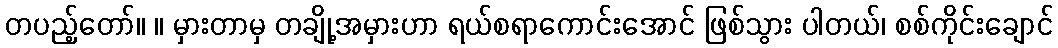
တပည့်တော်။ ။ မှားတာမှ တချို့အမှားဟာ ရယ်စရာကောင်းအောင် ဖြစ်သွား ပါတယ်၊ စစ်ကိုင်းချောင်